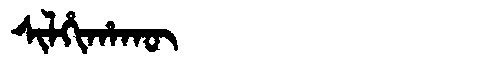
Manchu: ᠰᡳᠯᡥᡳᡥᠠᡴᡡ
Romanization: SILHIHAKŪ